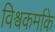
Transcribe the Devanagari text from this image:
विश्वकर्माके